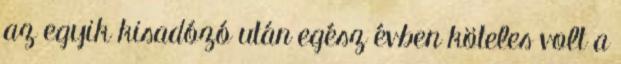
az egyik kisadózó után egész évben köteles volt a